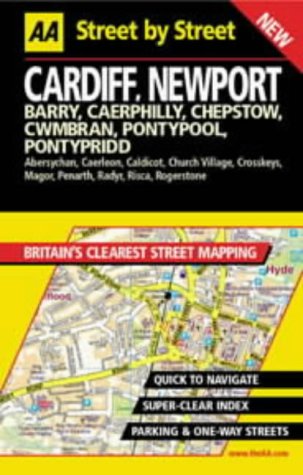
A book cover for AA Street by Street Cardiff, Newport; Travel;